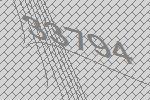
33794